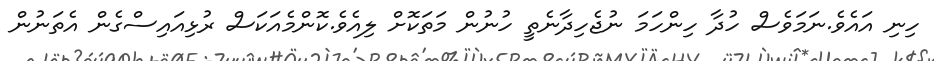
ހިނި އައެވެ.ނަމަވެސް ހުދާ ހިންހަމަ ނުޖެހިދާނެތީ ހުނުން މަތަކޮށް ލިއެވެ.ކޮންމެއަކަސް ރުޅިއައިސްގެން އެތަނުން